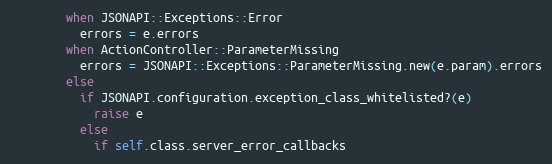
Language: Ruby
        when JSONAPI::Exceptions::Error
          errors = e.errors
        when ActionController::ParameterMissing
          errors = JSONAPI::Exceptions::ParameterMissing.new(e.param).errors
        else
          if JSONAPI.configuration.exception_class_whitelisted?(e)
            raise e
          else
            if self.class.server_error_callbacks